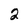
Character: 2